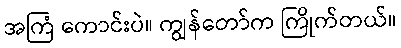
အကြံ ကောင်းပဲ။ ကျွန်တော်က ကြိုက်တယ်။